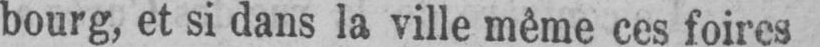
bourg, et si dans la ville même ces foires